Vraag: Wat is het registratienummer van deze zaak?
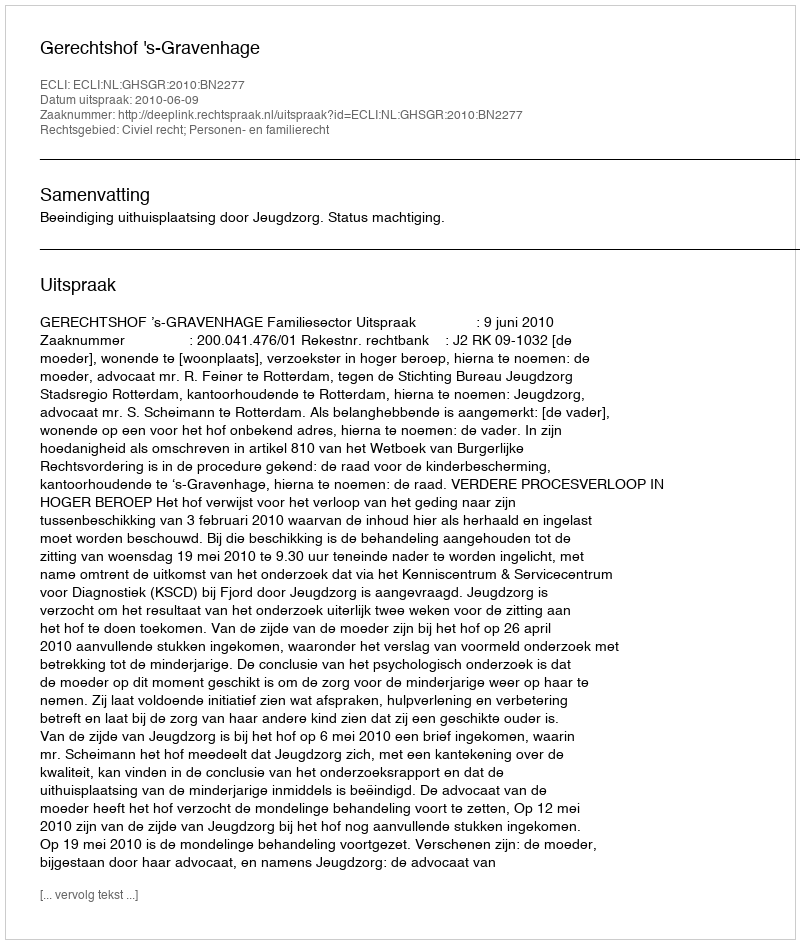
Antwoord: http://deeplink.rechtspraak.nl/uitspraak?id=ECLI:NL:GHSGR:2010:BN2277